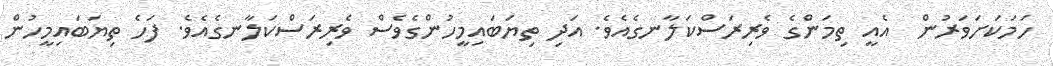
ހަމަކަށަވަރުން  އެއީ ތިމަންގެ ވެރިރަސްކަލާނގެއެވެ. އަދި ތިޔަބައިމީހުންގެވެސް ވެރިރަސްކަލާނގެއެވެ. ފަހެ ތިޔަބައިމީހުން